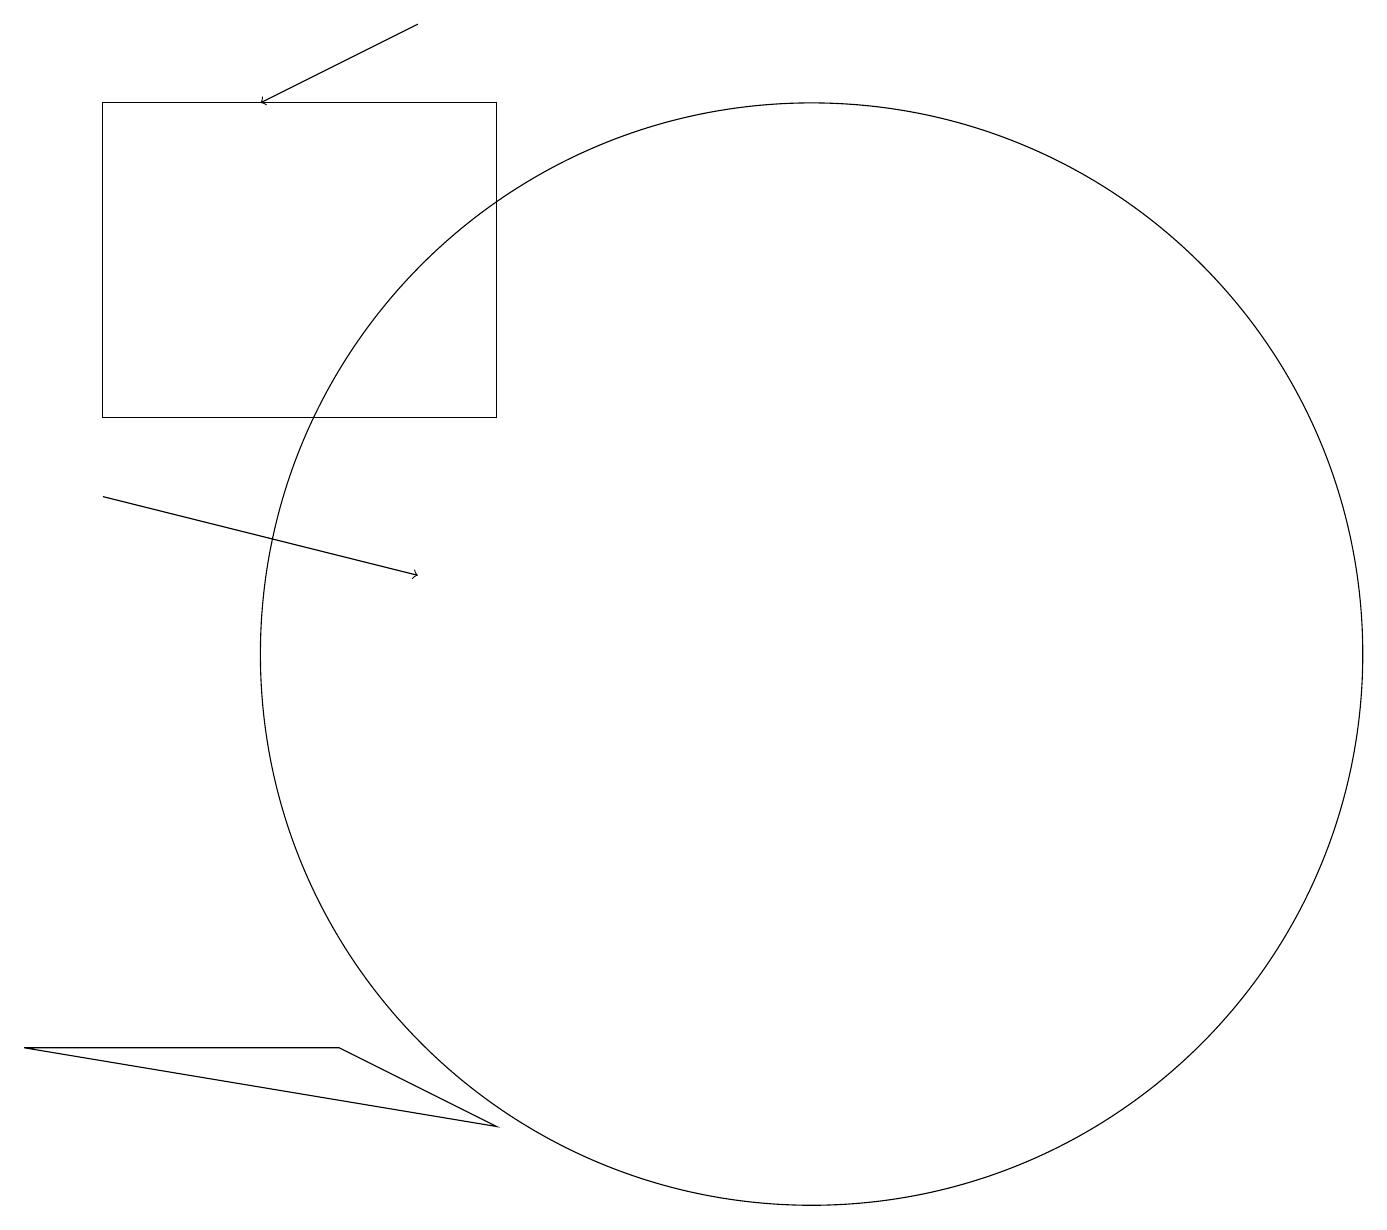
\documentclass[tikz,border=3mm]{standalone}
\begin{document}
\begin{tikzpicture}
\draw (8,4) -- (6,5) -- (2,5) -- cycle;
\draw[->] (3,12) -- (7,11);
\draw (8,17) rectangle (3,13);
\draw (12,10) circle (7);
\draw[->] (7,18) -- (5,17);
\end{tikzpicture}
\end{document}